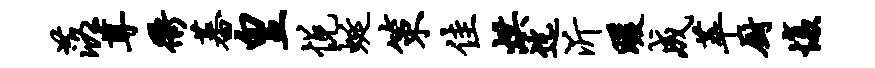
落尊衢蕃皇悦蜒策佳烘迄沂暖成萃厨愎